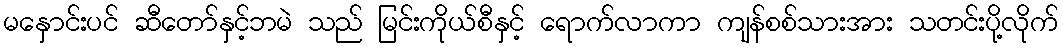
မနှောင်းပင် ဆီတော်နှင့်ဘမဲ သည် မြင်းကိုယ်စီနှင့် ရောက်လာကာ ကျန်စစ်သားအား သတင်းပို့လိုက်